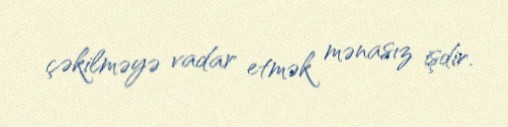
çəkilməyə vadar etmək mənasız işdir.